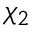
\chi _ { 2 }